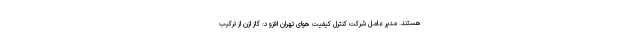
هستند. مدیر عامل شرکت کنترل کیفیت هوای تهران افزود: گاز ازن از ترکیب